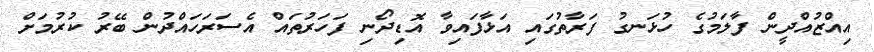
އިއްޒުއްދީން ފާލަމުގެ ހުޅަނގު ފަރާތުގައި އަޅާފައިވާ އޮޑިދޯނި ފަހަރުތައް އެސަރަހައްދުން ބޭރު ކުރުމަށް